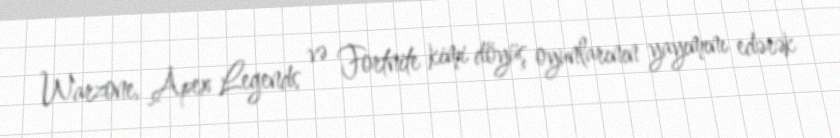
Warzone, Apex Legends və Fortnite kimi döyüş oyunlarının yayımını edərək